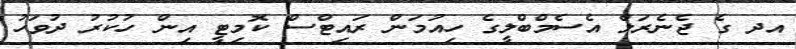
އދ ގެ ޖެނެރަލް އެސެމްބްލީގެ ހިއުމަން ރައިޓްސް ކޮމިޓީ އިން ހުކުރު ދުވަހު